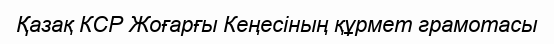
Қазақ КСР Жоғарғы Кеңесіның құрмет грамотасы